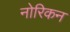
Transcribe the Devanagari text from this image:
नोरिकन